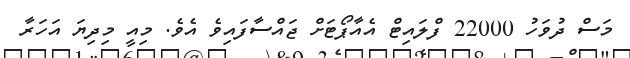
މަސް ދުވަހު 22000 ފްލައިޓް އެއާޕޯޓަށް ޖައްސާފައިވެ އެވެ. މިއީ މިދިޔަ އަހަރާ